Vaccination report Assam 1874-1896 - 1874-1896
Year: 1874
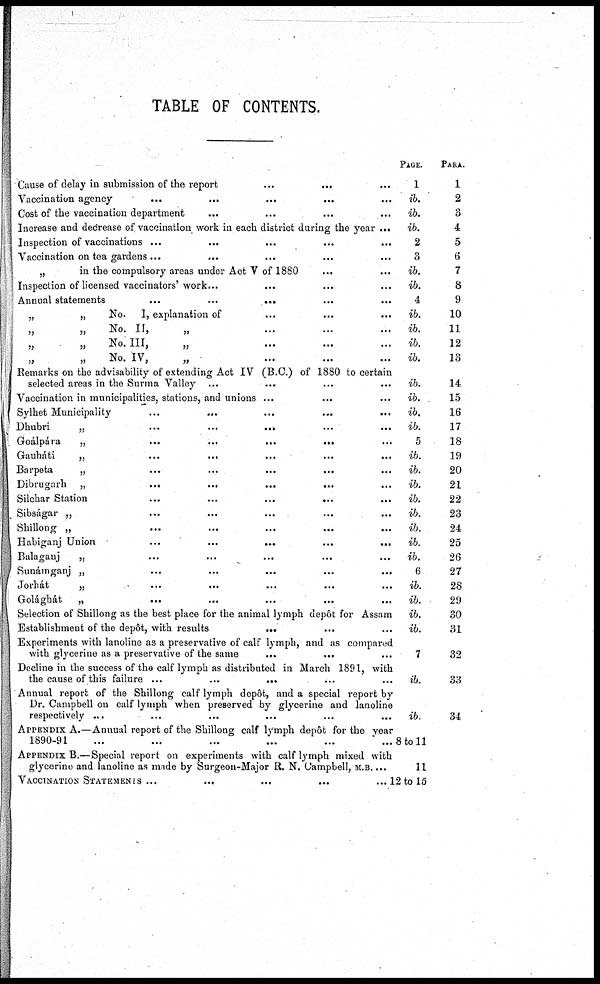
TABLE OF CONTENTS.
Cause of delay in submission of the report
...
...
...
Vaccination agency ... ... ... ... ...
Cost of the vaccination department ... ... ... ...
Increase and decrease of vaccination work in each district during the year ...
Inspection of vaccinations
...
...
...
...
...
Vaccination on tea gardens
...
...
...
...
...
„
in the compulsory areas under Act V of 1880 ... ...
Inspection of licensed vaccinators' work... ... ... ...
Annual statements
...
...
...
...
...
„
„
No. 1, explanation of ... ... ...
„
„
No. II,
„ ... ... ...
„
„
No. III,
„ ... ... ...
„
„
No, IV,
„ ... ... ...
Remarks on the advisability of extending Act IV (B.C.) of 1880 to certain
selected areas in the Surma Valley
...
...
...
...
Vaccination in municipalities, stations, and unions ... ... ...
Sylhet Municipality ... ... ... ... ...
Dhubri
„
...
...
...
...
...
Goálpára
„
...
...
...
...
...
Gauháti
„
...
...
...
...
...
Barpeta
„
...
...
...
...
...
Dibrugarh „
...
...
...
...
...
Silchar Station
...
...
...
...
...
Sibságar „ ... ... ... ... ...
Shillong „
...
...
...
...
...
Habiganj Union
...
...
...
...
...
Balaganj
„ ... ... ... ... ...
Sunámganj „
...
...
...
...
...
Jorhát
„
...
...
...
...
...
Golághát
„
...
...
...
...
...
Selection of Shillong as the best place for the animal lymph depôt for Assam
Establishment of the depôt, with results ... ... ...
Experiments with lanoline as a preservative of calf lymph, and as compared
with glycerine as a preservative of the same ... ... ...
Decline in the success of the calf lymph as distributed in March 1891, with
the cause of this failure
...
...
...
...
...
Annual report of the Shillong calf lymph depot, and a special report by
Dr. Campbell on calf lymph when preserved by glycerine and lanoline
respectively ... ... ... ... ...
APPENDIX A.—Annual report of the Shillong calf lymph depôt for the year
1890-91
...
...
...
...
...
APPENDIX B.—Special report on experiments with calf lymph mixed with
glycerine and lanoline as made by Surgeon-Major R. N. Campbell, M.B. ...
VACCINATION STATEMENTS
...
...
...
...
...
PAGE.
1
ib.
ib.
ib.
2
3
ib.
ib.
4
ib.
ib.
ib.
ib.
ib.
ib.
ib.
ib.
5
ib.
ib.
ib.
ib.
ib.
ib.
ib.
ib.
6
ib.
ib.
ib.
ib.
7
ib.
ib.
8 to 11
11
12 to 15
PARA.
1
2
3
4
5
6
7
8
9
10
11
12
13
14
15
16
17
18
19
20
21
22
23
24
25
26
27
28
29
30
31
32
33
34